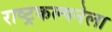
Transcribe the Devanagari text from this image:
राष्ट्रकल्पनेला